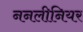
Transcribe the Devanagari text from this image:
ननलीनियर